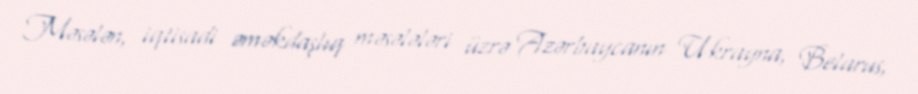
Məsələn, iqtisadi əməkdaşlıq məsələləri üzrə Azərbaycanın Ukrayna, Belarus,